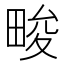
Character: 畯